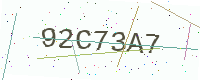
Text: 92C73A7